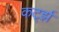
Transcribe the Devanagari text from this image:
कर्ट्झ